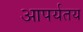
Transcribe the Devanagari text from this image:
आपर्यतय